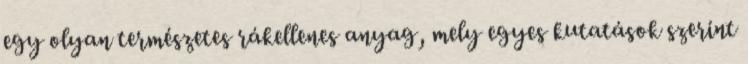
egy olyan természetes rákellenes anyag, mely egyes kutatások szerint